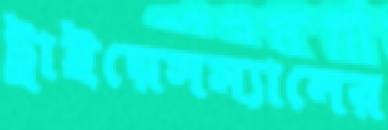
ট্রাইয়েসম্যানের